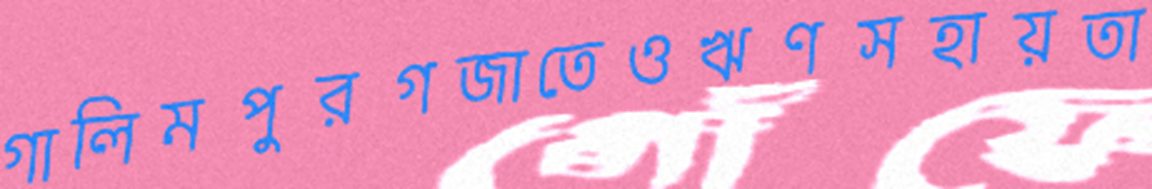
গালিমপুরগজাতেওঋণসহায়তা